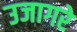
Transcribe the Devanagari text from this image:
उजागरे